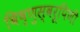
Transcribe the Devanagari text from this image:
विष्णुस्वरूपिणी